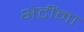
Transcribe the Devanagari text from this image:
भेटींना